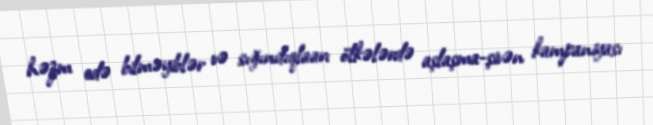
həzm edə bilməyiblər və sığındıqlaarı ölkələrdə aşlaşma-şivən kampaniyası